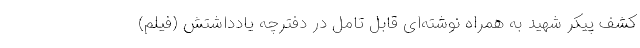
کشف پیکر شهید به همراه نوشته‌ای قابل تامل در دفترچه یادداشتش (فیلم)